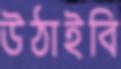
উঠাইবি